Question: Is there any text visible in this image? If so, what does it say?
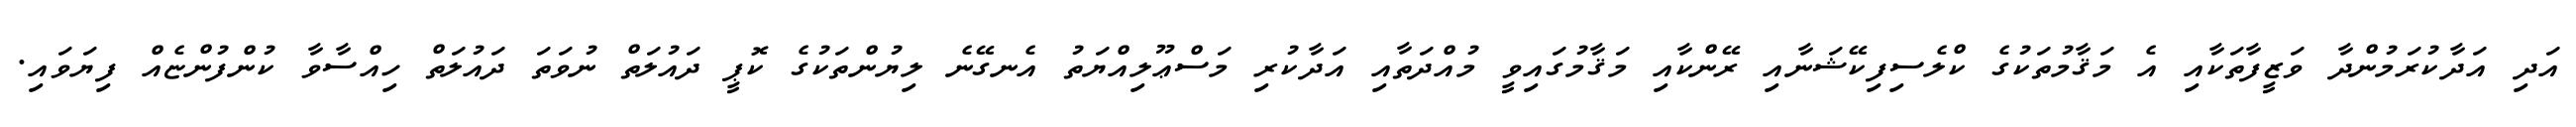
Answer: އަދި އަދާކުރަމުންދާ ވަޒީފާތަކާއި އެ މަޤާމުތަކުގެ ކްލެސިފިކޭޝަނާއި ރޭންކާއި މަޤާމުގައިވީ މުއްދަތާއި އަދާކުރި މަސްޢޫލިއްޔަތު އެނގޭނެ ލިޔުންތަކުގެ ކޮޕީ ދައުލަތް ނުވަތަ ދައުލަތް ހިއްސާވާ ކުންފުންޏެއް ފިޔަވައި.